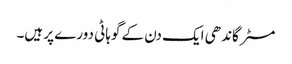
مسٹر گاندھی ایک دن کے گوہاٹی دورے پر ہیں۔